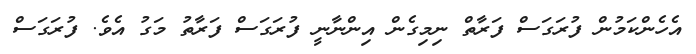
އެހެންކަމުން ފުރަގަސް ފަރާތް ނިމިގެން އިންނާނީ ފުރަގަސް ފަރާތު މަގު އެވެ. ފުރަގަސް